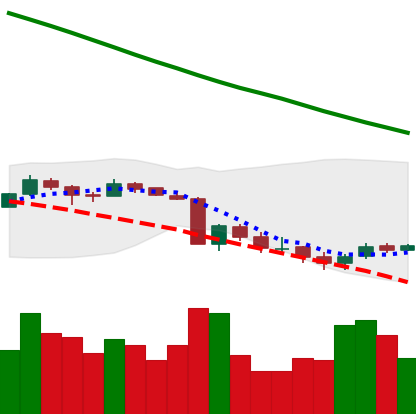
Ticker: XRP-USD
Chart end date: 2018-09-15
Forward return: 59.541%
Label: up_7plus